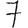
Digit: 7